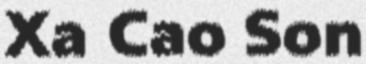
Xa Cao Son